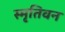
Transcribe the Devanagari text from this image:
स्मृतिवन